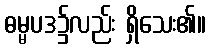
ဓမ္မပဒ၌လည်း ရှိသေး၏။